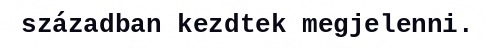
században kezdtek megjelenni.